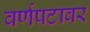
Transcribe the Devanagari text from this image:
वर्णपटावर